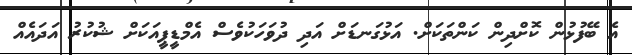
އެ ބޭފުޅުން ކޮށްދިން ކަންތަކަށް. އަޅުގަނޑަށް އަދި ދުވަހަކުވެސް އެމްޑީޕީއަކަށް ޝުކުރު އަދައެއް